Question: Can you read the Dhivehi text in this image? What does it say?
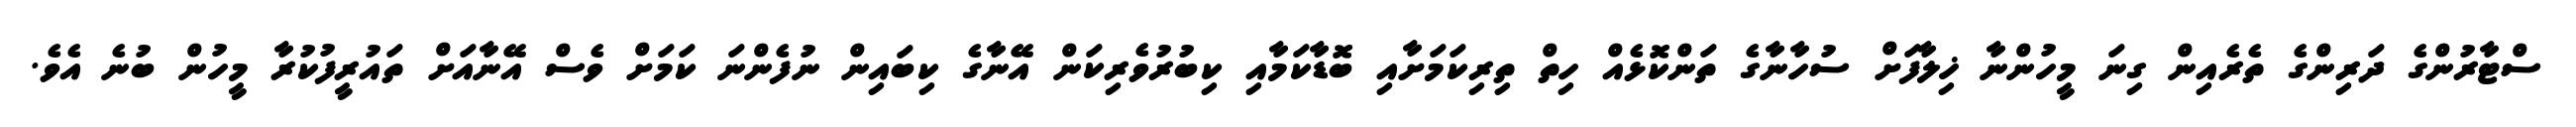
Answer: ސްޓާރުންގެ ދަރިންގެ ތެރެއިން ގިނަ މީހުންނާ ޚިލާފަށް ސުހާނާގެ ތަންކޮޅެއް ހިތް ތިރިކަމަށާއި ބޮޑާކަމާއި ކިބުރުވެރިކަން އޭނާގެ ކިބައިން ނުފެންނަ ކަމަށް ވެސް އޭނާއަށް ތައުރީފުކުރާ މީހުން ބުނެ އެވެ.